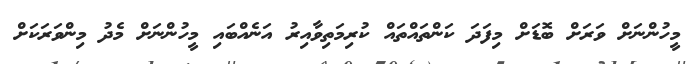
މީހުންނަށް ވަރަށް ބޮޑަށް މިފަދަ ކަންތައްތައް ކުރިމަތިވާއިރު އަނެއްބައި މީހުންނަށް މެދު މިންވަރަކަށް